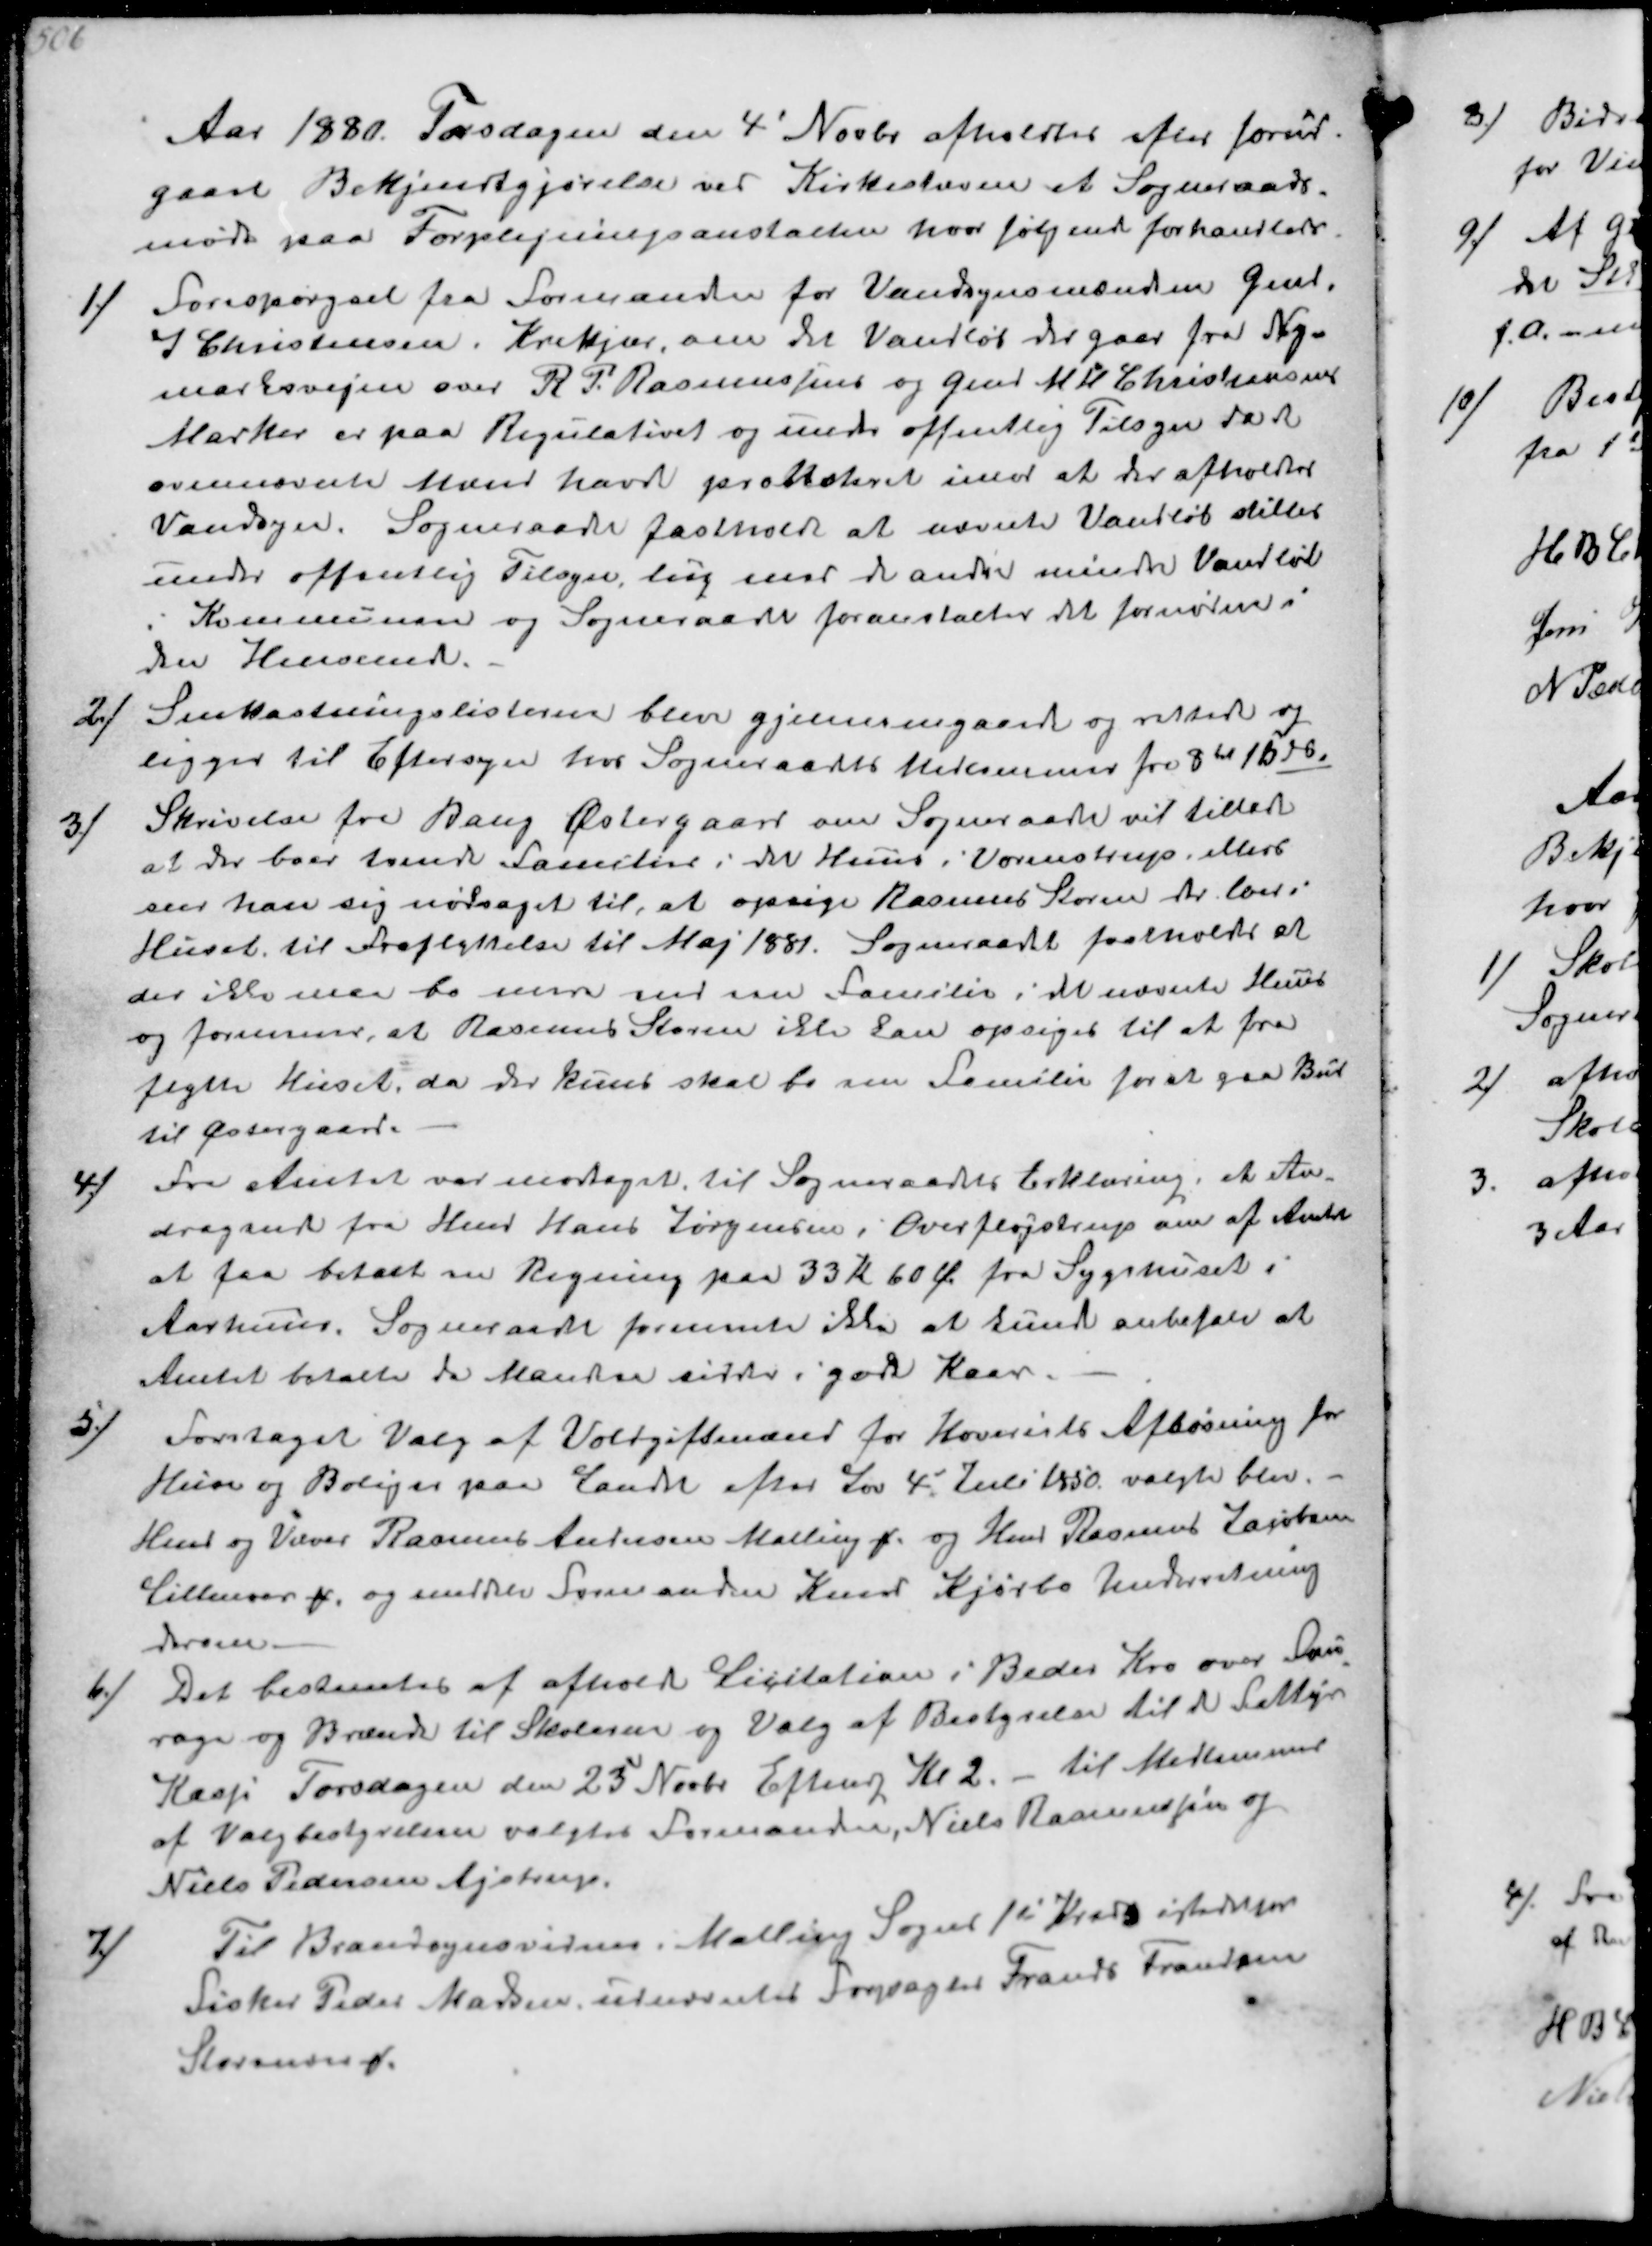
Transskription:
Aar 1880. Torsdagen den 4' Novbr afholdtes efter forud-
gaaet Bekjendtgjørelse ved Kirkestævne et Sogneraads-
møde paa Forplejningsanstalten hvor følgende forhandledes
1/
Forespørgsel fra Formanden for Vandsynsmændene Gmd
J Christensen, Krekjær, om det Vandløb der gaar fra Ny-
marksvejen over R. P. Rasmussens og Gmd M H Christeansen
Marker er paa Regulativet og under offentlig Tilsyn da de
ovennævnte Mænd have protesteret imod at der afholdtes
Vandsyn. Sogneraadet fastholdt at nævnte Vandløb stilles
under offentlig Tilsyn, lig med de andre mindre Vandløb
i Kommunen og Sogneraadet foranstalter det fornødne i
den Henseende.
2/
Snekastningslisterne blev gjennemgaaede og rettet og
ligger til Eftersyn hos Sogneraadets Medlemmer fra 8 til 15 ds 
3/
Skrivelse fra Bang Østergaard om Sogneraadet vil tillade
at der boer tvende Familier i det Huus i Vormstrup ellers
ser han sig nødsaget til, at opsige Rasmus Storm der. bor i
Huset til Fraflyttelse til Maj 1881. Sogneraadet fastholdt at
der ikke maa bo mere end en Familie i det nævnte Huus
og formener, at Rasmus Storm ikke kan opsiges til at fra-
flytte Huset, da der kuns skal bo een Familer for at gaa Bud
til Østergaard.
4/
Fra Amtet var modtaget til Sogneraadets Erklæring, et An-
dragende fra Hmd Hans Jørgensen i Overfløjstrup om af Amtet
at faa betalt en Regning paa 33 K 60 Ø fra Sygehuset i
Aarhuus. Sogneraadet formente ikke at kunde anbefale at
Amtet betalte da Manden sidder i gode Kaar.
5/
Foretaget Valg af Voldgiftmænd for Hoveriets Afløsning for
Huse og Boliger paa Landet efter Lov 4' Juli 1850 valgte blev.
Hmd og Væver Rasmus Andersen Malling og Hmd Rasmus Jacobsen
Lillenor og meddeler Formanden Knud Kjærbo Underretning
derom.
6/
Det bestemtes af afhold Licitation i Beder Kro over Fou-
rage og Brænde til Skolerne og Valg af Bestyrelse til de Fattiges
Kasse Torsdagen den 23d Novbr Eftmdg Kl 2.- til Medlemmer
af Valgbestyrelsen valgtes Formanden, Niels Rasmussen
Niels Pedersen Ajstrup.
7/
Til Brandsynsvidnesi Malling Sogn 1st Kreds istedetfor
Fisker Peder Madsen, udnævntes Forpagter Frands Frandsen
Storenor